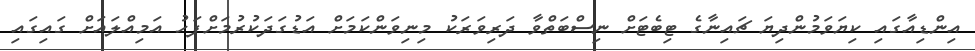
އިންޑިއާގައި ކިޔަވަމުންދިޔަ ޗައިނާގެ ޓިބެޓަށް ނިސްބަތްވާ ދަރިވަރަކު މިނިވަންކަމަށް އަޑުގަދަކުރުމަށްފަހު އަމިއްލައަށް ގައިގައި